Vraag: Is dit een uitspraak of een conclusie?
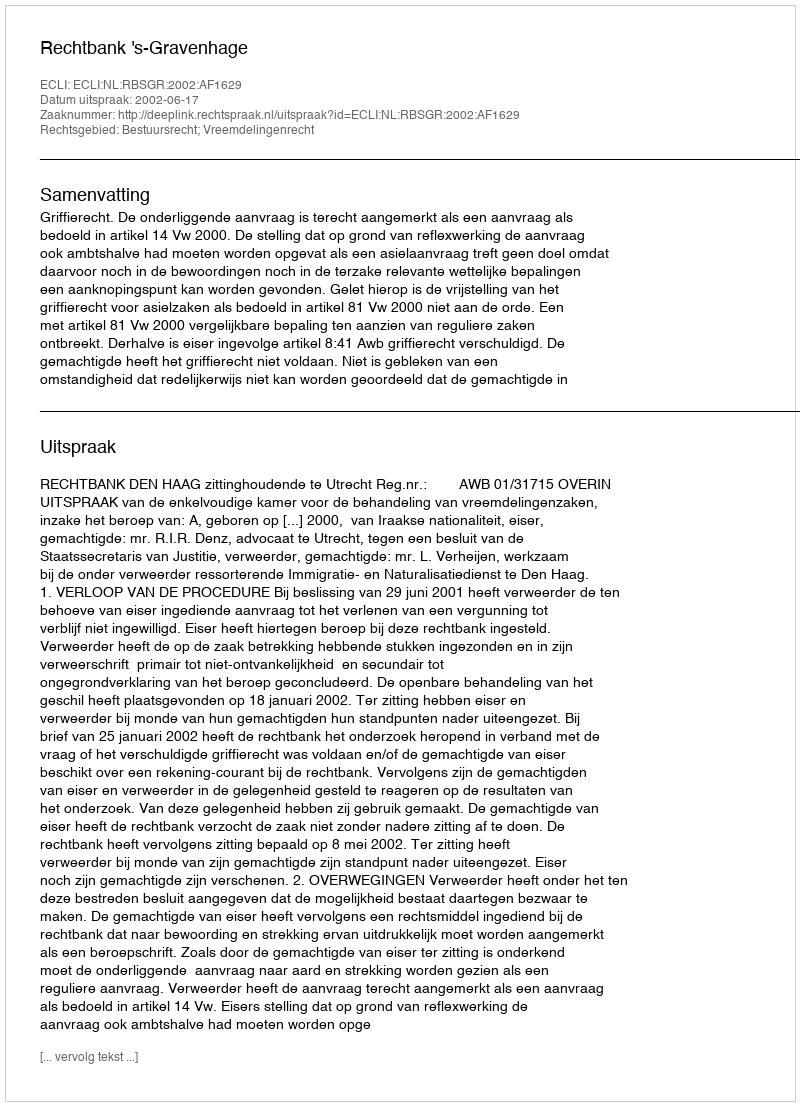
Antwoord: Uitspraak